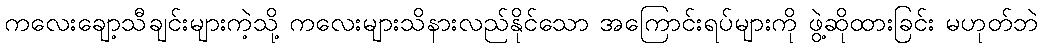
ကလေးချော့သီချင်းများကဲ့သို့ ကလေးများသိနားလည်နိုင်သော အကြောင်းရပ်များကို ဖွဲ့ဆိုထားခြင်း မဟုတ်ဘဲ